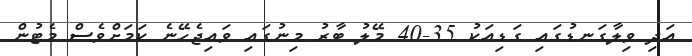
އަދި ވިލާގަނޑުގައި ގަޑިއަކު 35-40 މޭލު ބާރު މިނުގައި ވައިޖެހޭނެ ކަމަށްވެސް މެޓުން